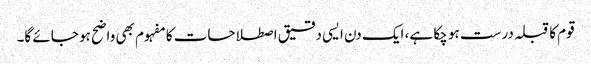
قوم کا قبلہ درست ہو چکا ہے، ایک دن ایسی دقیق اصطلاحات کا مفہوم بھی واضح ہو جائے گا۔